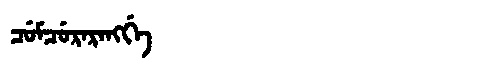
Manchu: ᠴᡠᠮᠴᡠᡵᠠᡵᠠᠩᡤᡝ
Romanization: CUMCURARANGGE